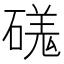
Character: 𥔶